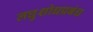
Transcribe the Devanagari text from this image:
लघुशोधप्रबंध